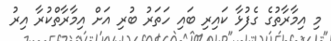
މި އިމާރާތުގެ ގެފުޅާ ކައިރި ބައި ހަތަރު ބުރި އަށް އިމާރާތްކުރާ އިރު